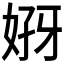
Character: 𰠣